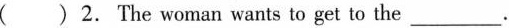
( ) 2.The woman wants to get to the ___ .